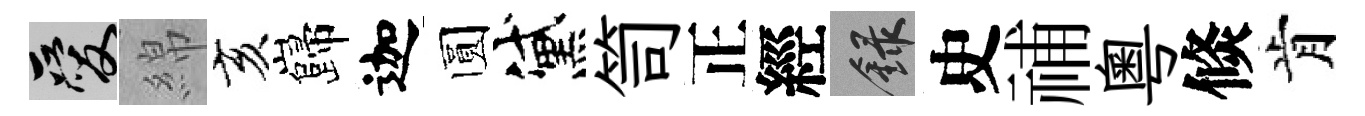
爱綿亥巋迦圆黛笥正經録史𥙷粵倐肯